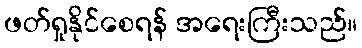
ဖတ်ရှုနိုင်စေရန် အရေးကြီးသည်။